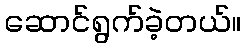
ဆောင်ရွက်ခဲ့တယ်။